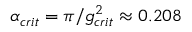
\alpha _ { c r i t } = \pi / g _ { c r i t } ^ { 2 } \approx 0 . 2 0 8